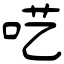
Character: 呓